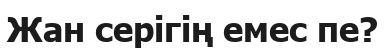
Жан серігің емес пе?